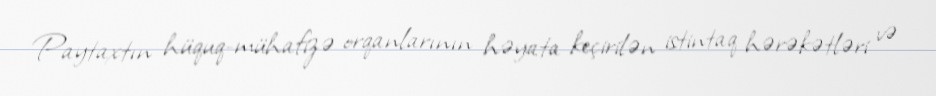
Paytaxtın hüquq-mühafizə orqanlarının həyata keçirilən istintaq hərəkətləri və